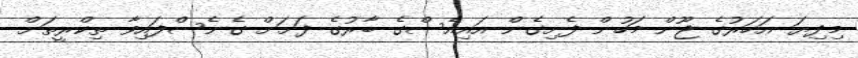
މިދިޔަ އަހަރުގެ ޖޫން މަހުން ފެށިގެން އައިއެސްގެ ބާރުގެ ދަށަށް ގެނެސްފައިވާ ތިކްރީތަށް